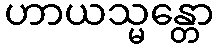
ဟာယသ္မန္တော